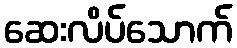
ဆေးလိပ်သောက်